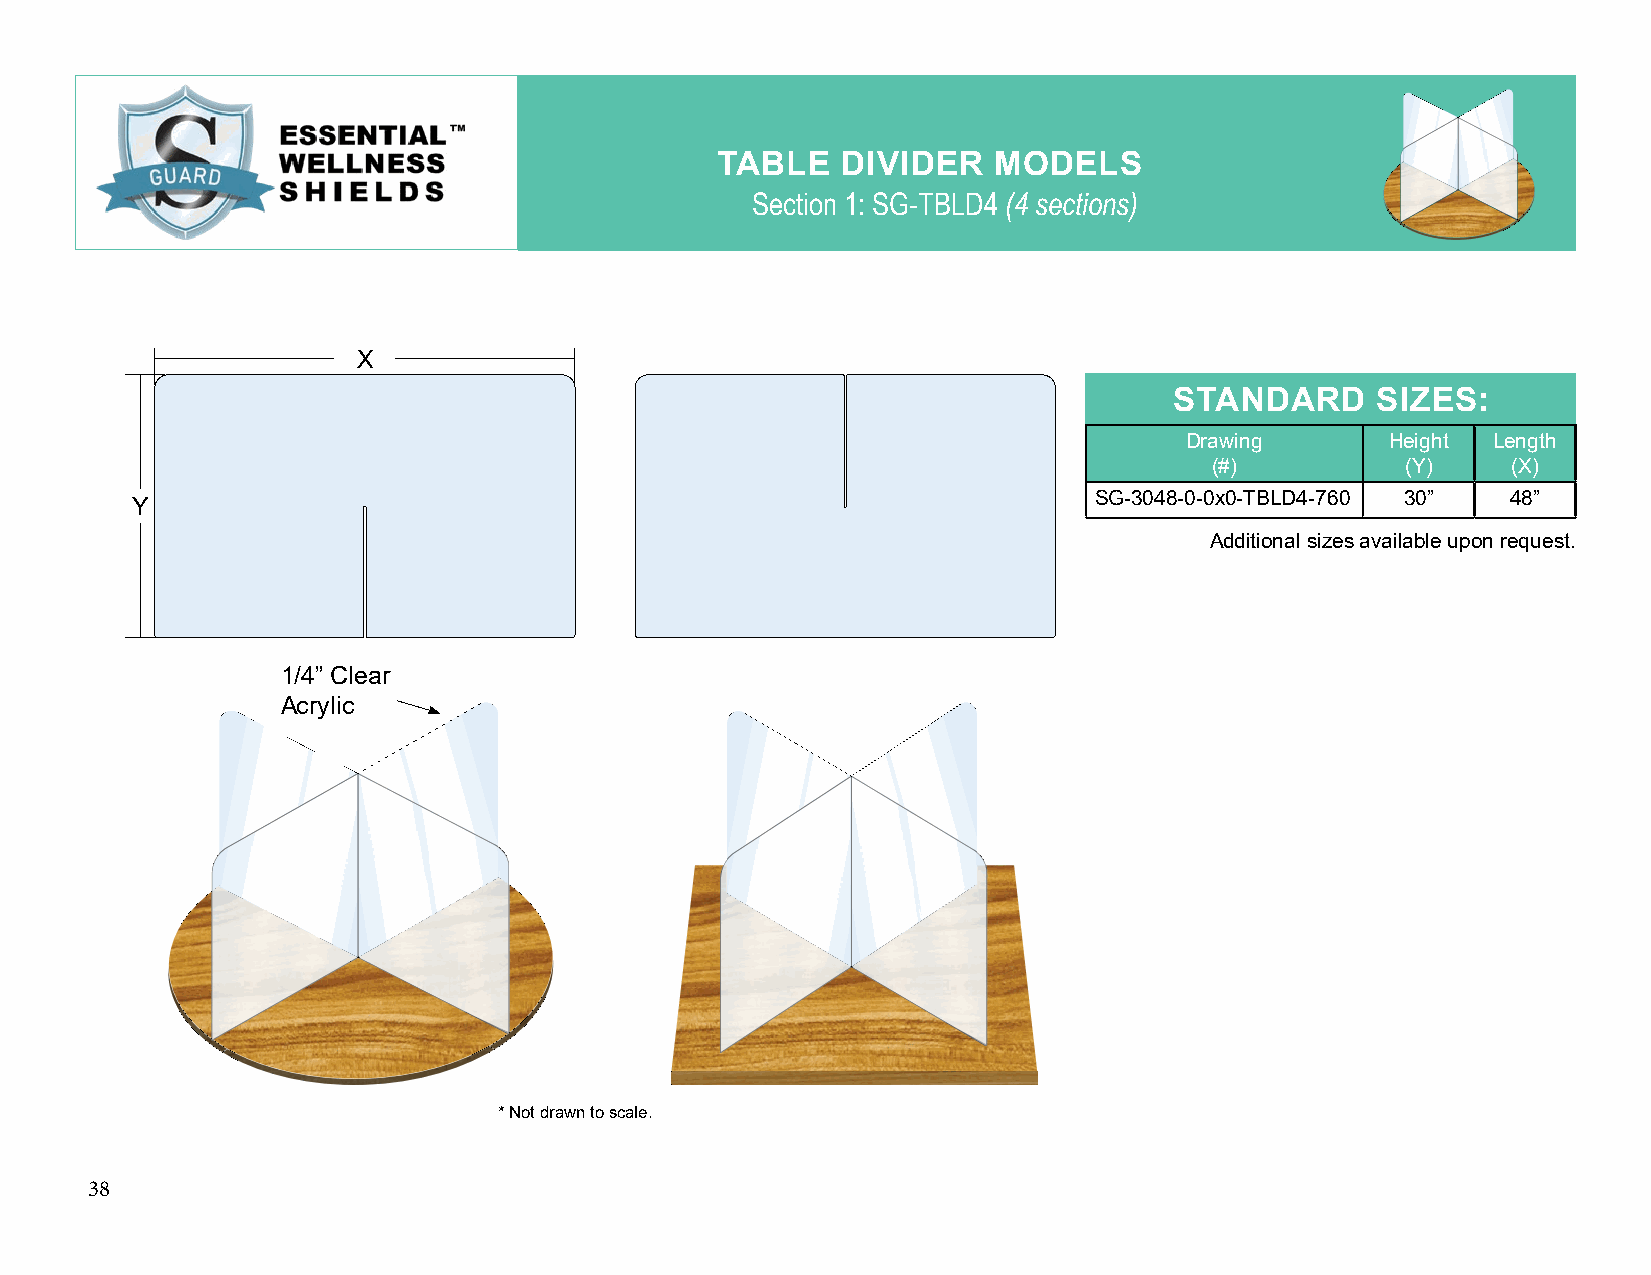
TABLE    DIVIDER   MODELS
 Section 1: SG-TBLD4 (4 sections)
 X
 STANDARD     SIZES:
 Drawing       Height Length
 (#)          (Y)    (X)
 SG-3048-0-0x0-TBLD4-760 30” 48”
 Y
 Additional sizes available upon request.
 1/4” Clear
 Acrylic
 * Not drawn to scale.
 38